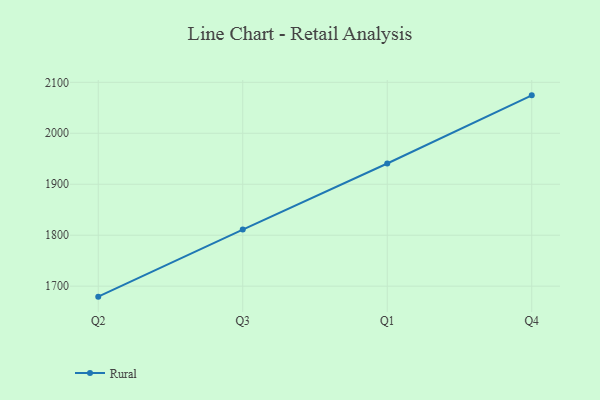
{"axis": {"x": "Quarter", "y": "Humidity (%)"}, "legend": ["Rural"], "data": [{"x": "Q2", "y": 1679.5, "type": "Rural"}, {"x": "Q3", "y": 1811.1, "type": "Rural"}, {"x": "Q1", "y": 1940.7, "type": "Rural"}, {"x": "Q4", "y": 2074.4, "type": "Rural"}]}